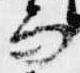
而